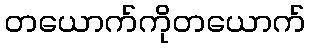
တယောက်ကိုတယောက်